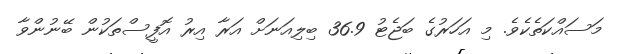
މަސައްކަތެކެވެ. މި އަހަރުގެ ބަޖެޓު 36.9 ބިލިއަނަށް އަރާ އިރު އޮފީސްތަކުން ބޭނުންވާ